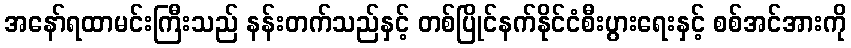
အနော်ရထာမင်းကြီးသည် နန်းတက်သည်နှင့် တစ်ပြိုင်နက်နိုင်ငံစီးပွားရေးနှင့် စစ်အင်အားကို